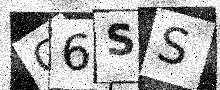
Text: O6SS